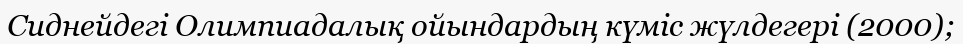
Сиднейдегі Олимпиадалық ойындардың күміс жүлдегері (2000);